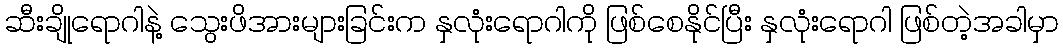
ဆီးချိုရောဂါနဲ့ သွေးဖိအားများခြင်းက နှလုံးရောဂါကို ဖြစ်စေနိုင်ပြီး နှလုံးရောဂါ ဖြစ်တဲ့အခါမှာ